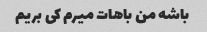
باشه من باهات میرم کی بریم